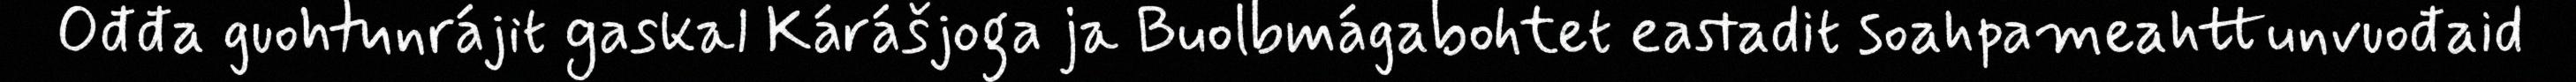
Ođđa guohtunrájit gaskal Kárášjoga ja Buolbmágabohtet eastadit soahpameahttunvuođaid